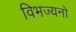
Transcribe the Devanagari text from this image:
विभज्यनो